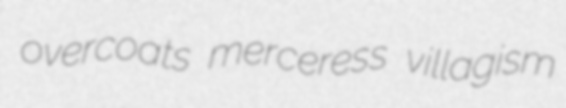
overcoats merceress villagism